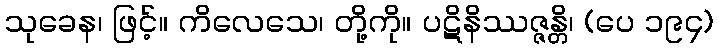
သုခေန၊ ဖြင့်။ ကိလေသေ၊ တို့ကို။ ပဋိနိဿဇ္ဇန္တိ၊ (ပေ ၁၉၄)